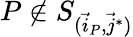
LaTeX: P\notin S_{(\vec{i}_{P},\vec{j}^{*})}